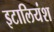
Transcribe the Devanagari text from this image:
इटालियंश